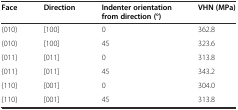
| Face | Direction | Indenter orientation from direction (°) | VHN (MPa) |
 | --- | --- | --- | --- |
 | (010) | [100] | 0 | 362.8 |
 | (010) | [100] | 45 | 323.6 |
 | {011} | [011] | 0 | 313.8 |
 | {011} | [011] | 45 | 343.2 |
 | {110} | [001] | 0 | 304.0 |
 | {110} | [001] | 45 | 313.8 |